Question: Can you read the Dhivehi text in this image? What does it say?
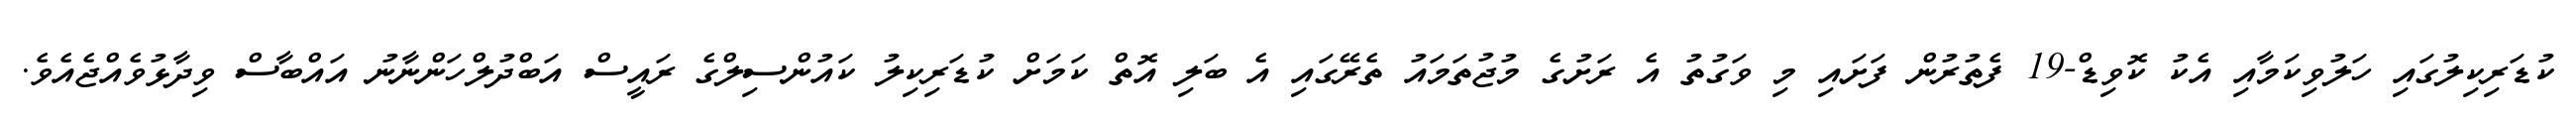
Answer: ކުޑަރިކިލުގައި ހަލުވިކަމާއި އެކު ކޮވިޑް-19 ފެތުރުން ފަށައި މި ވަގުތު އެ ރަށުގެ މުޖުތަމައު ތެރޭގައި އެ ބަލި އޮތް ކަމަށް ކުޑަރިކިލު ކައުންސިލްގެ ރައީސް އަބްދުލްހަންނާނު އައްބާސް ވިދާޅުވެއްޖެއެވެ.